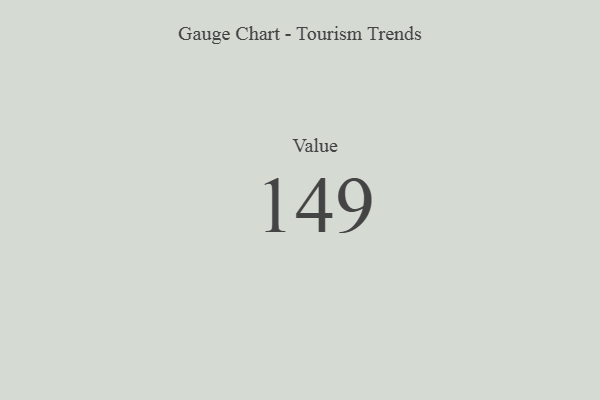
{"axis": {"x": "Metric", "y": "Value"}, "legend": [""], "data": [{"x": "Value", "y": 149, "type": ""}]}